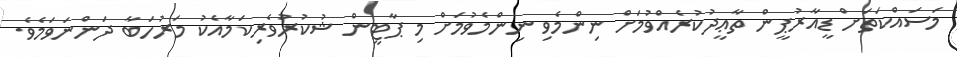
މަސައްކަތަށް ޑީއާރުޕީން ތާޢީދުކުރެއްވުމަށް ނިންމެވި ނިންމެވުމަށް މި ޕާޓީން ޝުކުރުވެރިކަމާއެކު މަރުހަބާ ދަންނަވަމެވެ.